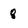
Character: 8